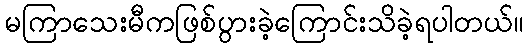
မကြာသေးမီကဖြစ်ပွားခဲ့ကြောင်းသိခဲ့ရပါတယ်။